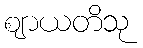
ဈာယတိသု